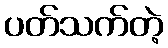
ပတ်သက်တဲ့